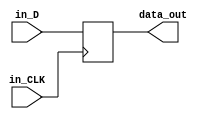
// -- Meghana Jain, Binghamton University
// -- Digital Logic Design / Sophomore Design

module dff(
	input in_D, in_CLK,
	output reg data_out
	);

	always @ (posedge in_CLK)
		data_out<=in_D;

endmodule